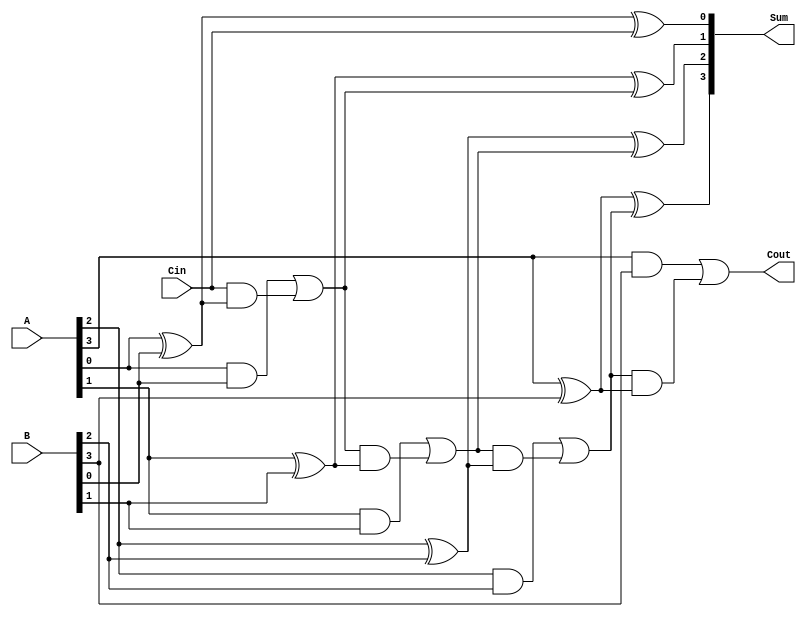
module ParallelFullAdder #(parameter n = 4) (
    input  [n-1:0] A,      // n-bit binary number A
    input  [n-1:0] B,      // n-bit binary number B
    input  Cin,            // Carry input
    output [n-1:0] Sum,    // n-bit sum output
    output Cout            // Carry output
);

    wire [n:0] carry;      // Intermediate carry signals

    assign carry[0] = Cin; // Initial carry input

    // Generate Full Adder for each bit
    genvar i;
    generate
        for (i = 0; i < n; i = i + 1) begin : full_adder
            wire A_bit = A[i];
            wire B_bit = B[i];
            wire Cin_bit = carry[i];
            
            assign Sum[i] = A_bit ^ B_bit ^ Cin_bit; // Sum calculation
            assign carry[i + 1] = (A_bit & B_bit) | (Cin_bit & (A_bit ^ B_bit)); // Carry calculation
        end
    endgenerate

    assign Cout = carry[n]; // Final carry output

endmodule